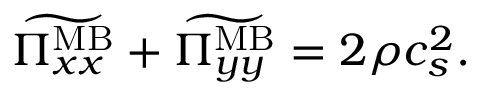
\widetilde { \Pi _ { x x } ^ { \mathrm { M B } } } + \widetilde { \Pi _ { y y } ^ { \mathrm { M B } } } = 2 \rho c _ { s } ^ { 2 } .